Lunatic asylums in Bengal annual reports 1912-1924 - 1912-1924
Year: 1912
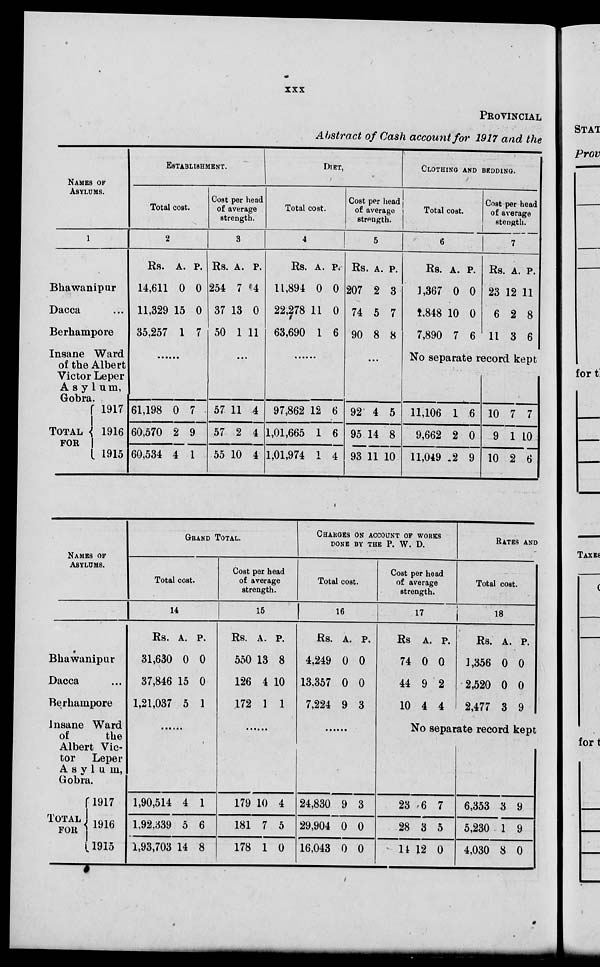
xxx
PROVINCIAL
Abstract of Cash account for 1917 and the
NAMES OF
ASYLUMS.
1
Bhawanipur
Dacca ...
Berhampore
Insane Ward
of the Albert
Victor Leper
Asylum,
Gobra.
TOTAL
FOR
1917
1916
1915
ESTABLISHMENT.
Total cost.
2
Rs.
14,611
11,329
35,257
A.
0
15
1
P.
0
0
7
......
61,198
60,570
60,534
0
2
4
7
9
1
Cost per head
of average
strength.
3
Rs.
254
37
50
A.
7
13
1
P.
4
0
11
...
57
57
55
11
2
10
4
4
4
DIET.
Total cost.
4
Rs.
11,894
22,278
63,690
A.
0
11
1
P.
0
0
6
......
97,862
1,01,665
1,01,974
12
1
1
6
6
4
Cost per head
of average
strength.
5
Rs.
207
74
90
A.
2
5
8
P.
3
7
8
...
92
95
93
4
14
11
5
8
10
CLOTHING AND BEDDING.
Total cost.
6
Rs.
1,367
1,848
7,890
A.
0
10
7
P.
0
0
6
Cost per head
of average
strength.
7
Rs.
23
6
11
A.
12
2
3
P.
11
8
6
No separate record kept
11,106
9,662
11,049
1
2
2
6
0
9
10
9
10
7
1
2
7
10
6
NAMES OF
ASYLUMS.
Bhawanipur
Dacca ...
Berhampore
Insane Ward
of
the
Albert Vic-
tor
Leper
Asylum,
Gobra.
TOTAL
FOR
1917
1916
1915
GRAND TOTAL.
Total cost.
14
Rs.
31,630
37,846
1,21,037
A.
0
15
5
P.
0
0
1
......
1,90,514
1,92,339
1,93,703
4
5
14
1
6
8
Cost per head
of average
strength.
15
Rs.
550
126
172
A.
13
4
1
P.
8
10
1
......
179
181
178
10
7
1
4
5
0
CHARGES ON ACCOUNT OF WORKS
DONE BY THE P. W. D.
Total cost.
16
Rs.
4,249
13,357
7,224
A.
0
0
9
P.
0
0
3
......
24,830
29,904
16,043
9
0
0
3
0
0
Cost per head
of average
strength.
17
Rs
74
44
10
A.
0
9
4
P.
0
2
4
RATES AND
Total cost.
18
Rs.
1,356
2,520
2,477
A.
0
0
3
P.
0
0
9
No separate record kept
23
28
14
6
3
12
7
5
0
6,353
5,230
4,030
3
1
8
9
9
0